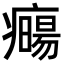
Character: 𤻈